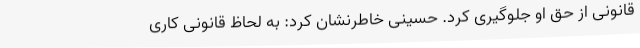
قانونی از حق او جلوگیری کرد. حسینی خاطرنشان کرد: به لحاظ قانونی کاری